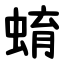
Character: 蜟